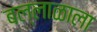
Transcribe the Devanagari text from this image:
बल्लाळाला